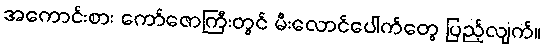
အကောင်းစား ကော်ဇောကြီးတွင် မီးလောင်ပေါက်တွေ ပြည့်လျက်။